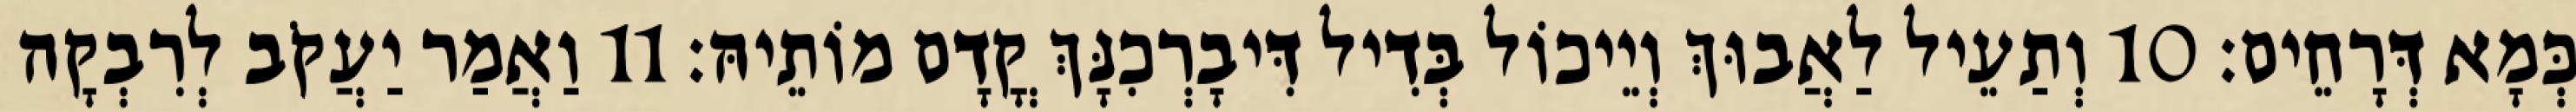
כְּמָא דְּרָחֵים׃ 10 וְתַעֵיל לַאֲבוּךְ וְיֵיכוֹל בְּדִיל דִּיבָרְכִנָּךְ קֳדָם מוֹתֵיהּ׃ 11 וַאֲמַר יַעֲקֹב לְרִבְקָה